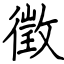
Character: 徵